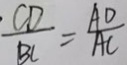
\frac { C D } { B C } = \frac { A D } { A C }